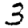
Digit: 3